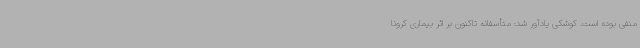
منفی بوده است. کوشکی یادآور شد: متأسفانه تاکنون بر اثر بیماری کرونا